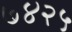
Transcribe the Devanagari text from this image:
७४२५